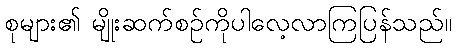
စုများ၏ မျိုးဆက်စဉ်ကိုပါလေ့လာကြပြန်သည်။